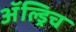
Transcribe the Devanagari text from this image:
ॲल्ड्रिच